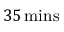
3 5 \, \mathrm { { m i n s } }